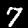
Label: 7